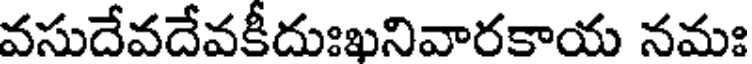
వసుదేవదేవకీదుఃఖనివారకాయ నమః